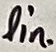
Text: lin.